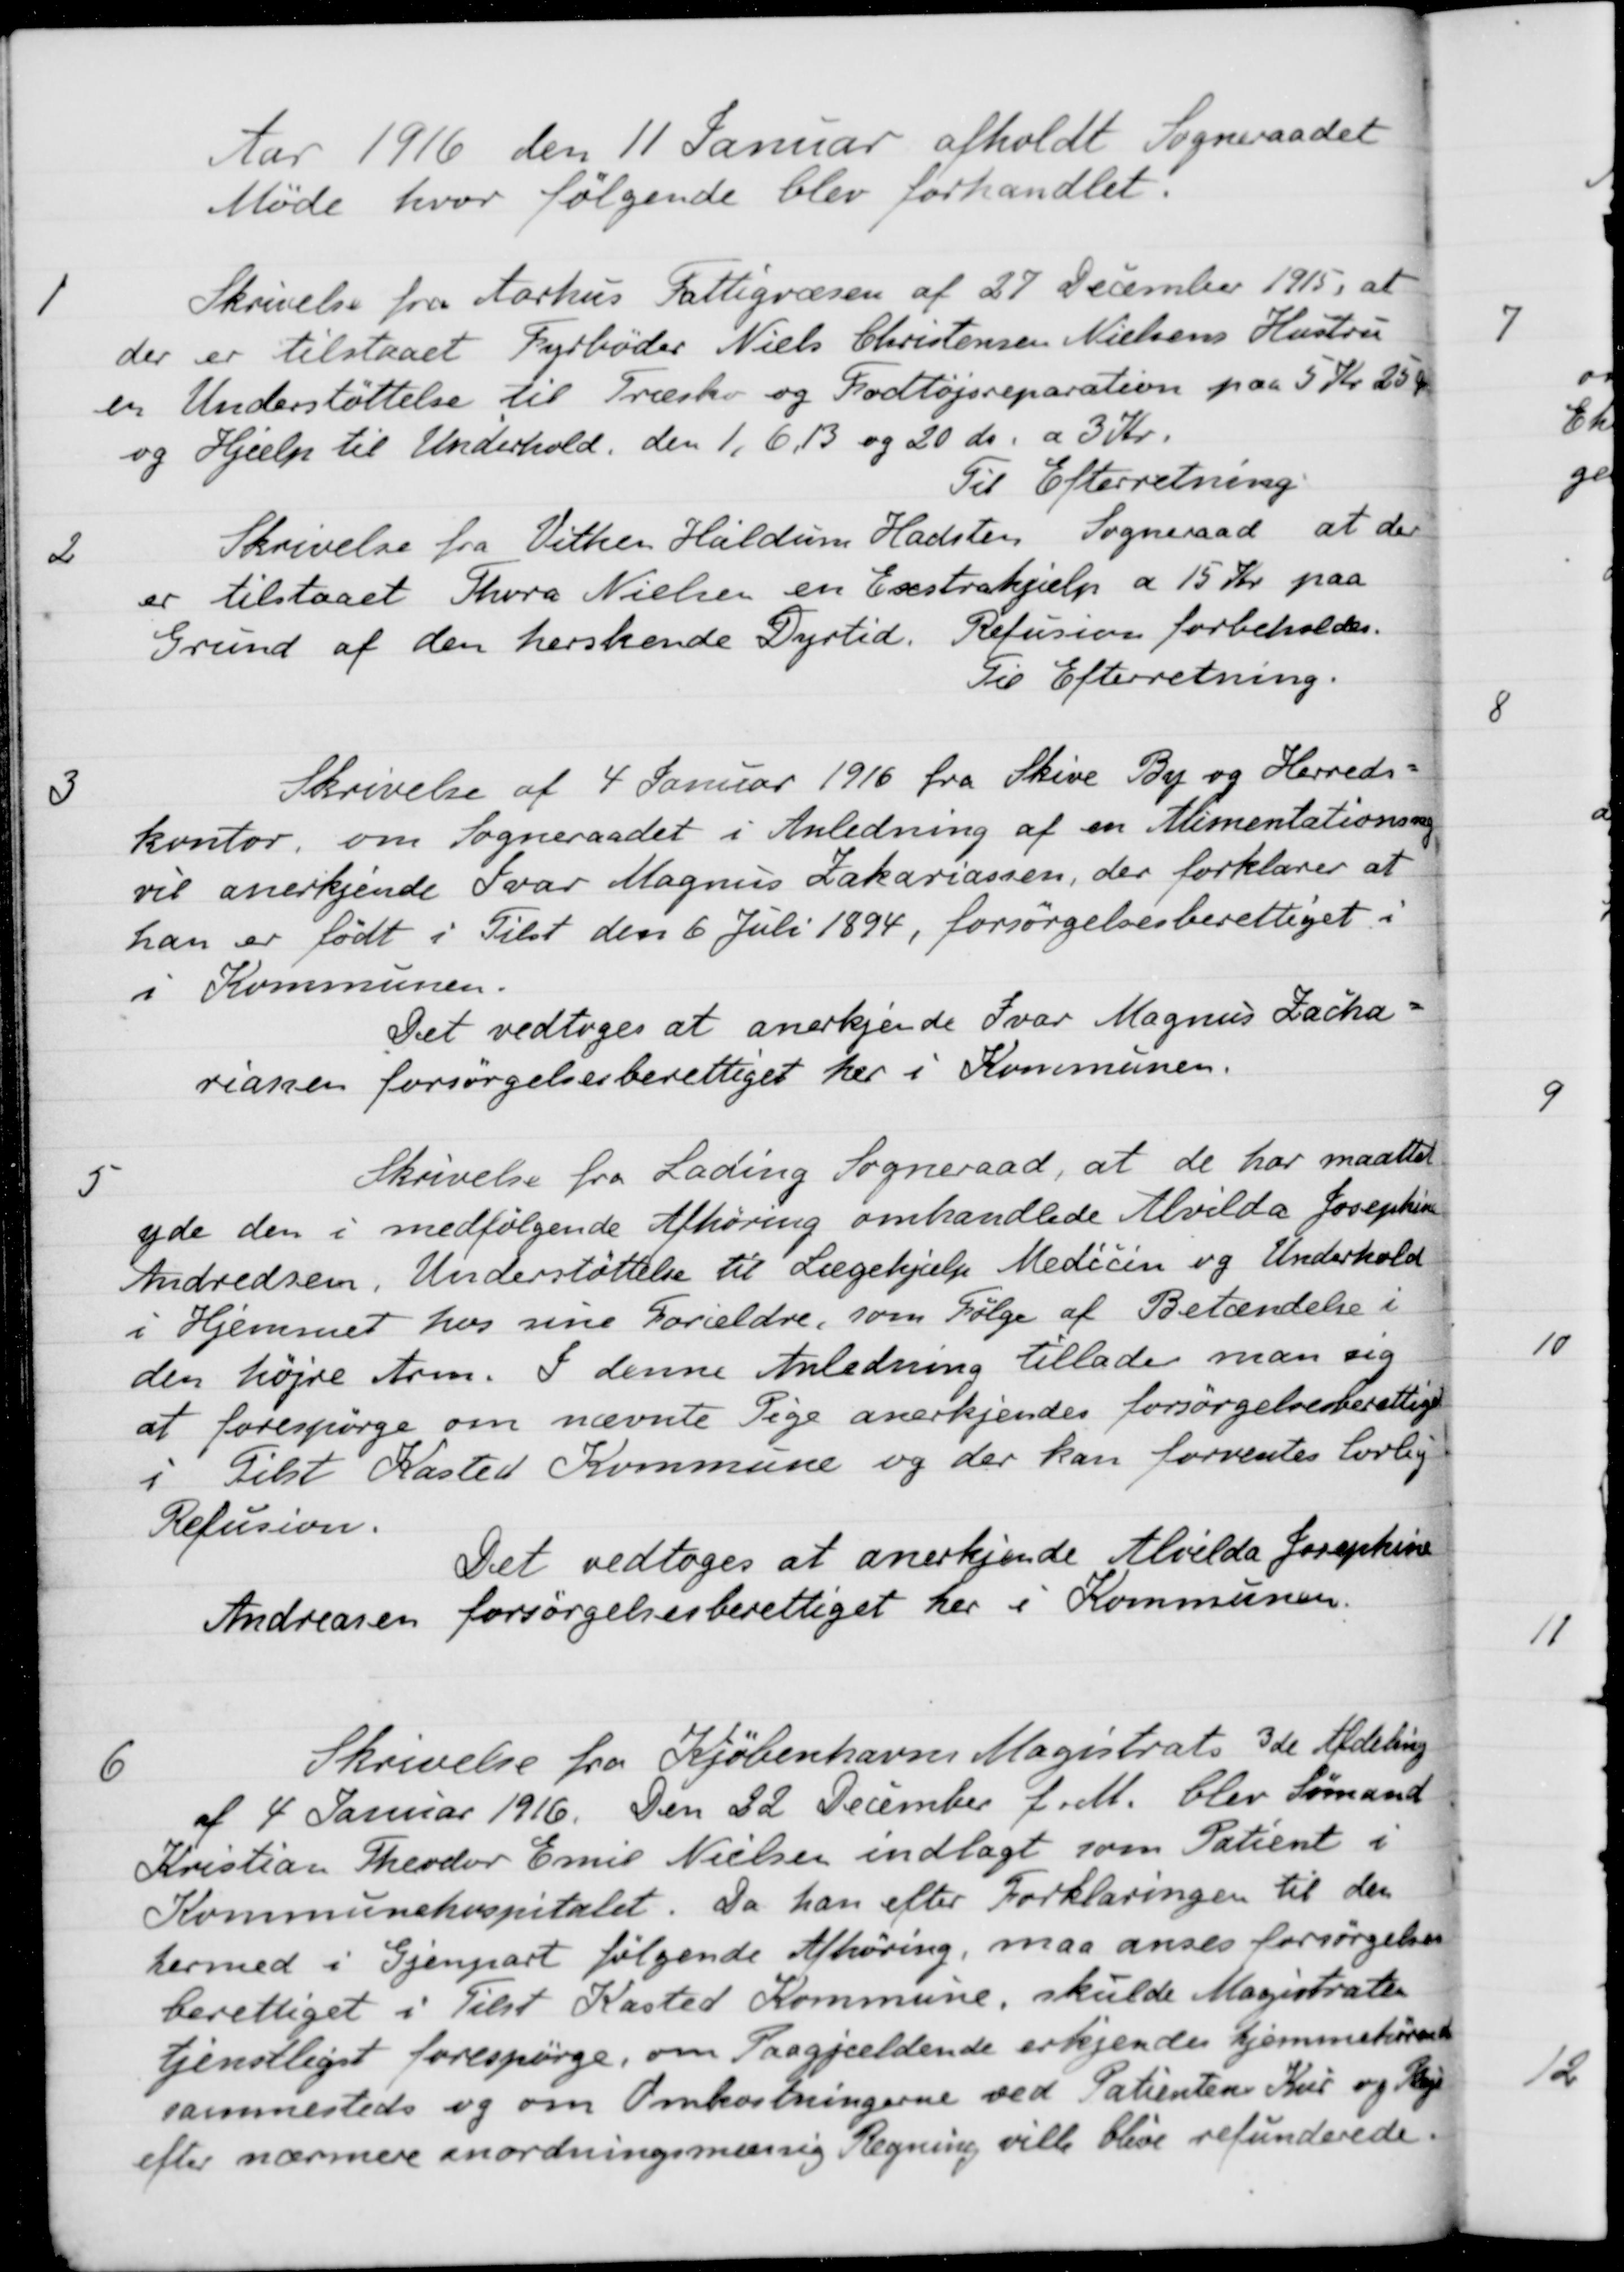
Transskription:
Aar 1916 den 11 Januar afholdt Sogneraadet
Møde hvor følgende blev forhandlet:
1
Skrivelse fra Aarhus Fattigvæsen af 27 December 1915, at
der er tilstaaet Fyrbøder Niels Christensen Nielsens Hustru
en Understøttelse til Træsko og Fodtøjsreparation paa 5 Kr. 25 Øre
og Hjælp til Underhold, den 1,6,13 og 20 ds. a 3 Kr.
Til Efterretning
2
Skrivelse fra Vithen Haldum Hadsten Sogneraad at der
er tilstaaet Thora Nielsen en Exstrahjælp a 15 Kr. paa
Grund af den herskende Dyrtid. Refusion forbeholdes.
Til Efterretning.
3
Skrivelse af 4 Januar 1916 fra Skive By og Herreds-
kontor, om Sogneraadet i Anledning af en Alimentationssag
vil anerkjende Ivar Magnus Zakariassen, der forklarer at
han er født i Tilst den 6 Juli 1894, forsørgelsesberettiget i
i Kommunen.
Det vedtoges at anerkjende Ivar Magnus Zacha-
riansen forsørgelsesberettiget her i Kommunen.
5
Skrivelse fra Lading Sogneraad, at de har maattet
yde den i medfølgende Afhøring omhandlede Alvilda Josephine
Andreasen, Understøttelse til Lægehjælp Medicin og Underhold
i Hjemmet hos sine Forældre, som Følge af Betændelse i
den højre Arm. I denne Anledning tillader man sig
at forespørge om nævnte Pige anerkjendes forsørgelsesberettige
i Tilst Kasted Kommune og der kan forventes lovlig
Refusion.
Det vedtoges at anerkjende Alvilda Josephine
Andreasen forsørgelsesberettiget her i Kommunen.
6
Skrivelse fra Kjöbenhavns Magistrats 3de Afdeling
af 4 Januar 1916. Den 22 December f. M. blev Sømand
Kristian Theodor Emil Nielsen indlagt som Patient i
Kommunehospitalet. Da han efter Forklaringen til den
hermed i Gjenpart følgende Afhøring, maa anses forsørgelses
berettiget i Tilst Kasted Kommune, skulde Magistrate
tjenstliget forespørge, om Paagjældende erkjendes hjemmehørende
sammesteds og om Omkostningerne ved Patientens Kur og Pleje
efter nærmere anordningsmæssig Regning ville blive refunderede.